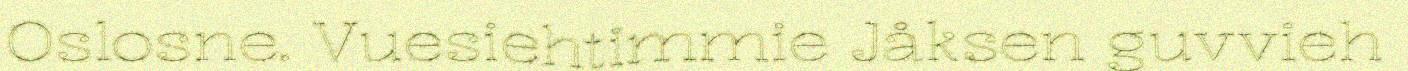
Oslosne. Vuesiehtimmie Jåksen guvvieh